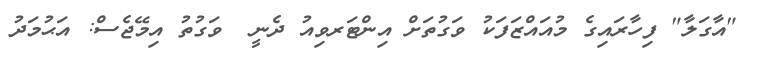
"އާގަލާ" ފިހާރައިގެ މުއައްޒަފަކު ވަގުތަށް އިންޓަރވިއު ދެނީ  ވަގުތު އިމޭޖެސް: އަޙުމަދު